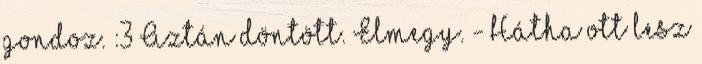
gondoz. :3 Aztán döntött. Elmegy. - Hátha ott lesz